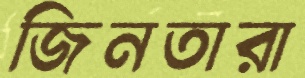
জিনতারা